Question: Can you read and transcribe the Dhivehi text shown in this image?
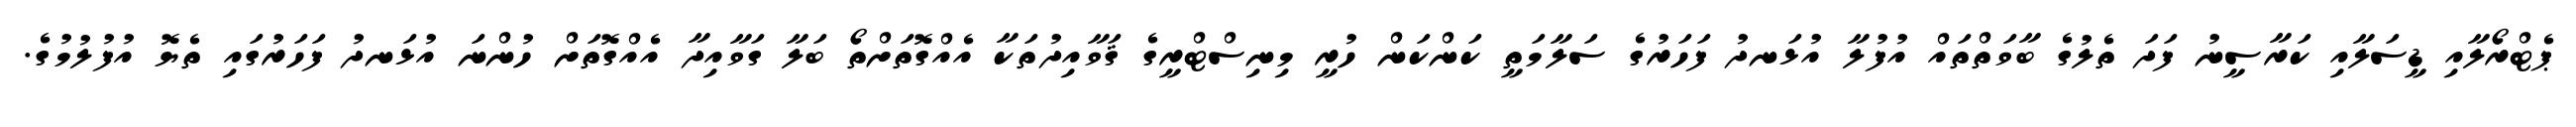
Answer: ޕެޓްރޯލާއި ޑީސަލާއި ކަރާސީނު ފަދަ ތެލުގެ ބާވަތްތައް އުފުލާ އުޅަނދު ފަހަރުގެ ސަލާމަތީ ކަންކަން ހުރީ މިނިސްޓްރީގެ ޤަވާއިދުތަކާ އެއްގޮތަށްތޯ ބަލާ ގަވާއިދާ އެއްގޮތަށް ހުންނަ އުޅަނދު ފަހަރުގައި ތެޔޮ އުފުލުމުގެ.